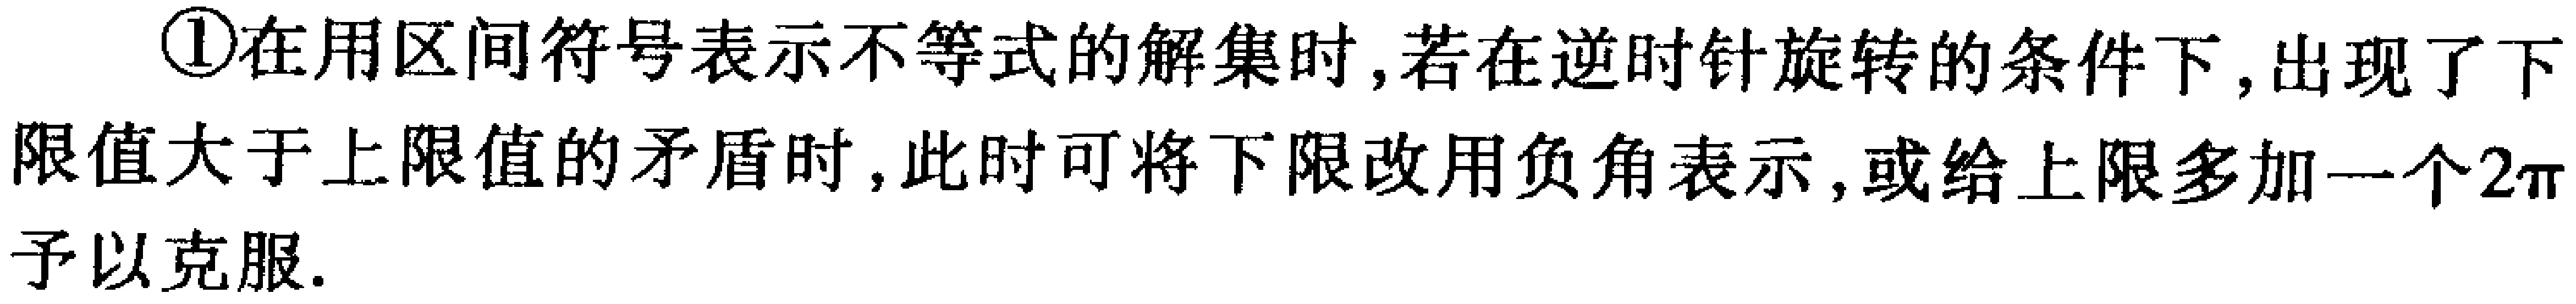
\textcircled{1}在用区间符号表示不等式的解集时,若在逆时针旋转的条件下,出现了下限值大于上限值的矛盾时,此时可将下限改用负角表示,或给上限多加一个\(2\pi\)予以克服.